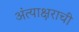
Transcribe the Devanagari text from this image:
अंत्याक्षराची